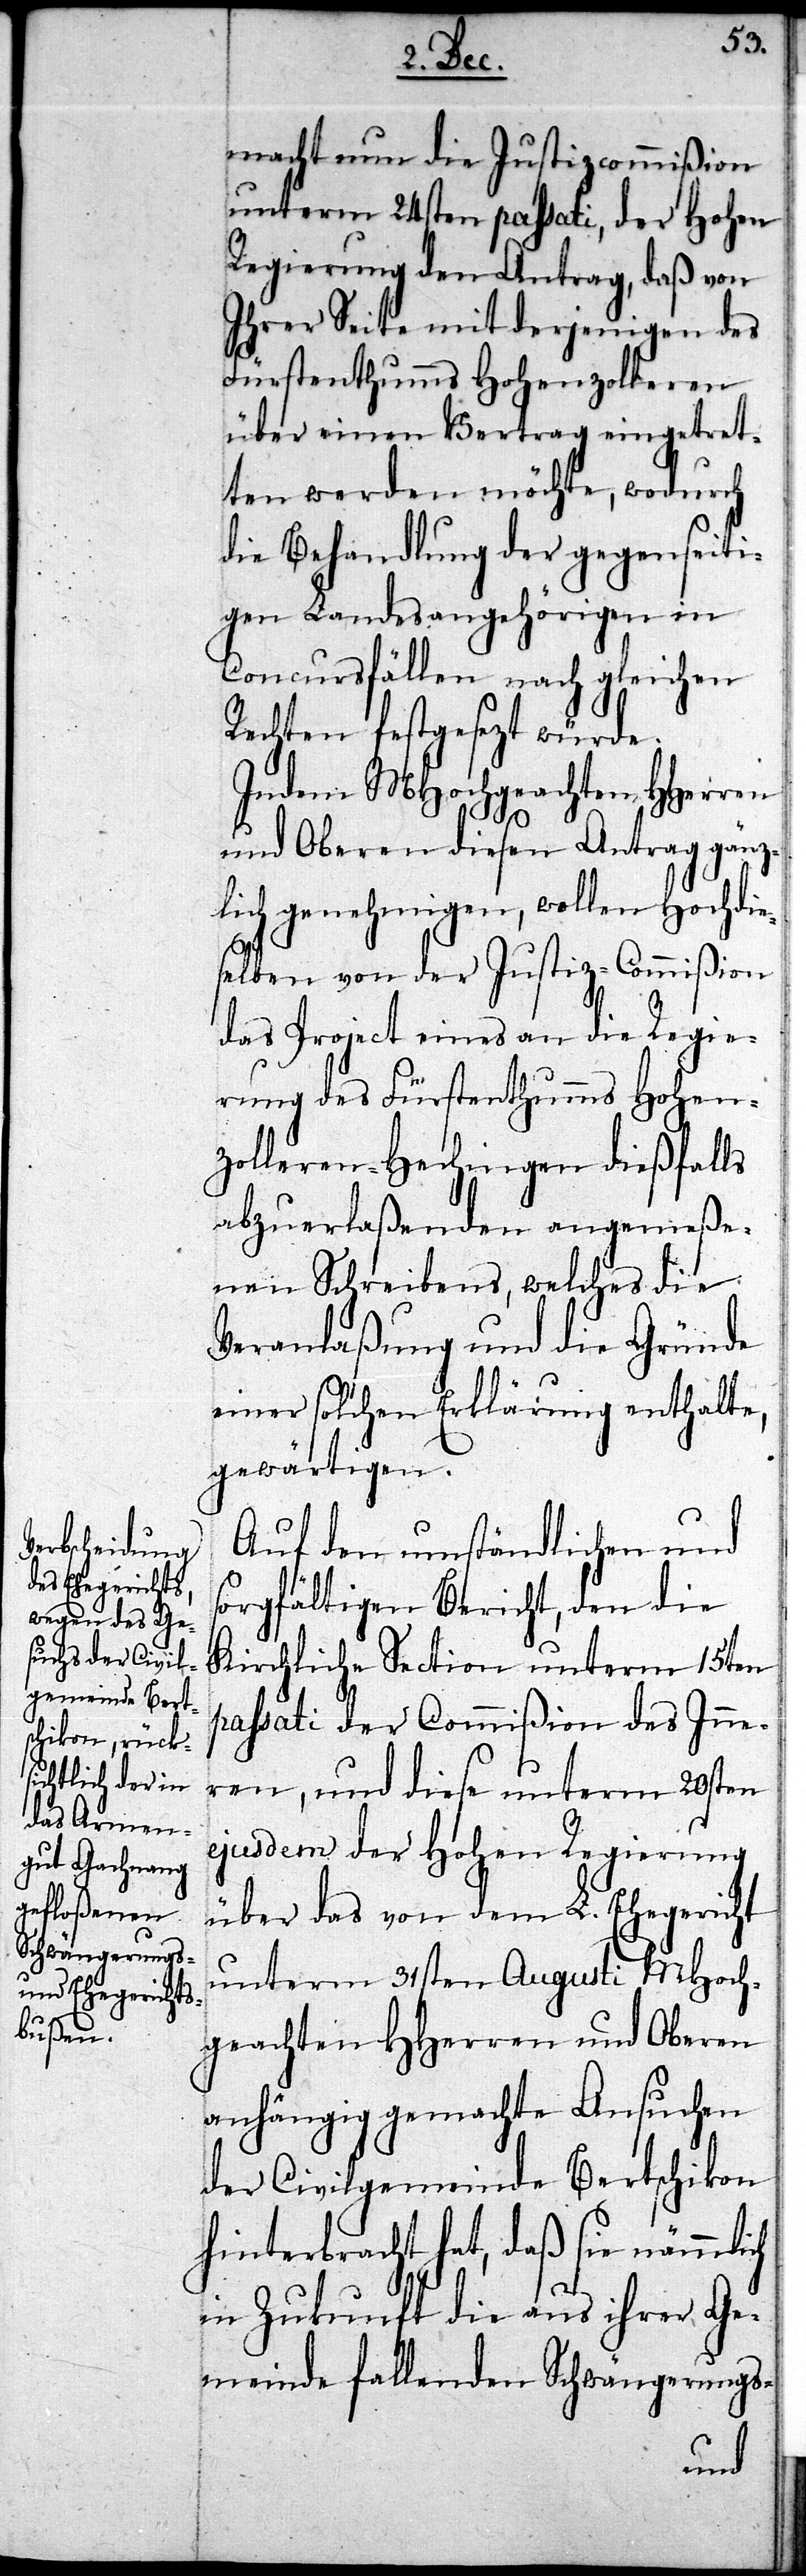
macht nun die Justizcommißion
unterm 24sten passati, der Hohen
Regierung den Antrag, daß von
Ihrer Seite mit derjenigen des
Fürstenthumms Hohenzolleren
über einen Vertrag eingetret¬
ten werden möchte, wodurch
die Behandlung der gegenseiti¬
gen Landesangehörigen in
Concursfällen nach gleichen
Rechten festgesezt würde.
Indem MHochgeachten HHerren
und Oberen diesen Antrag gänz¬
lich genehmigen, wollen Hochdie¬
selben von der Justiz-Commißion
das Project eines an die Regie¬
rung des Fürstenthumms Hohen¬
zolleren-Hechingen dießfalls
Veranlassung und die Gründe
einer solchen Erklärung enthalte,
gewärtigen.
Auf den umständlichen und
sorgfältigen Bericht, den die
Kirchliche Section unterm 15ten
passati der Commißion des Inne¬
ren, und diese unterm 20sten
ejusdem der Hohen Regierung
über das von dem L. Ehegericht
unterm 31sten Augusti MHoch¬
geachten HHerren und Oberen
anhängig gemachte Ansuchen
der Civilgemeinde Bertschikon
hinterbracht hat, daß sie nämmlich
in Zukunft die aus ihrer Ge¬
meinde fallenden Schwängerungs-